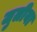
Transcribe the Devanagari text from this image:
जुलीया